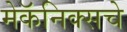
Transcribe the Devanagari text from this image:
मेकॅनिक्सचे